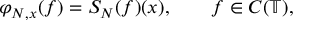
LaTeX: \varphi _ { N , x } ( f ) = S _ { N } ( f ) ( x ) , \qquad f \in C ( \mathbb { T } ) ,